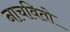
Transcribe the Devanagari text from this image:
नाचवितो